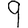
Digit: 9